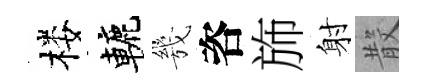
楼轆㡬咨斾射𣪚